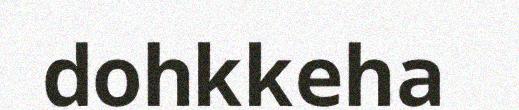
dohkkeha